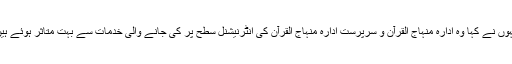
انہوں نے کہا وہ ادارہ منہاج القرآن و سرپرست ادارہ منہاج القرآن کی انٹرنیشنل سطح پر کی جانے والی خدمات سے بہت متاثر ہوئے ہیں۔